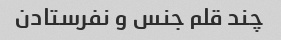
چند قلم جنس و نفرستادن